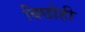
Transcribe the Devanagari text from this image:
बिछोही